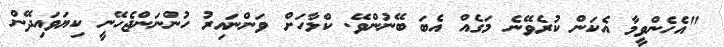
"އެހެންވީމާ އެކަން ކުރެވޭނެ މަގެއް އެބަ ބޭނުންވޭ. ކްލާހަށް ވަންނައިރު ހުންނަންޖެހޭނީ ކިޔަވައިދޭން